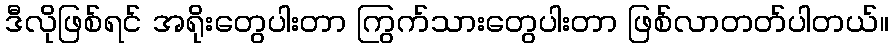
ဒီလိုဖြစ်ရင် အရိုးတွေပါးတာ ကြွက်သားတွေပါးတာ ဖြစ်လာတတ်ပါတယ်။